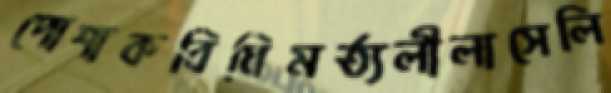
পোশাকবিধিমর্ত্যলীলাসেলি